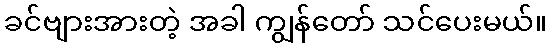
ခင်ဗျားအားတဲ့ အခါ ကျွန်တော် သင်ပေးမယ်။